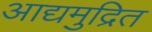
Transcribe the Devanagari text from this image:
आद्यमुद्रित